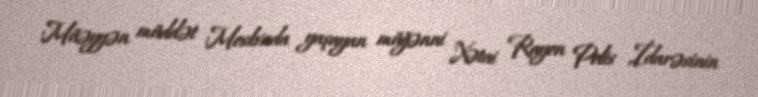
Müəyyən müddət Moskvada yaşayan müğənni Xətai Rayon Polis İdarəsinin